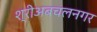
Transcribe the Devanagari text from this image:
श्रीअबचलनगर